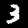
Label: 3